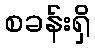
စခန်းရှိ